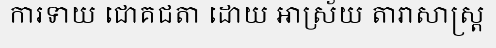
ការទាយ ជោគជតា ដោយ អាស្រ័យ តារាសាស្ត្រ